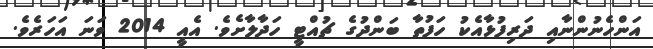
އަންހެނުންނާއި ދަރިފުޅާއެކު ހަފުތާ ބަންދުގެ ޗުއްޓީ ހަދާލާށެވެ. އެއީ 2014 ވަނަ އަހަރެވެ.